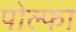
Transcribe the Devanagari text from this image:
पोल्फा